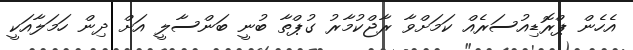
އެހެން ޕްރޮޑިއުސަރެއް ކަމަށްވާ ރާޖްކުމާރު ގުޕްތާ ބުނީ ބަންސާލީ އަށް ދިން ހަމަލާއަކީ